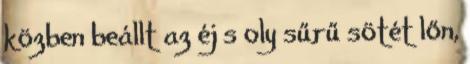
közben beállt az éj s oly sűrű sötét lőn,